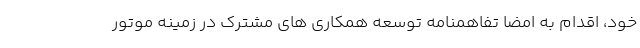
خود، اقدام به امضا تفاهمنامه توسعه همکاری های مشترک در زمینه موتور